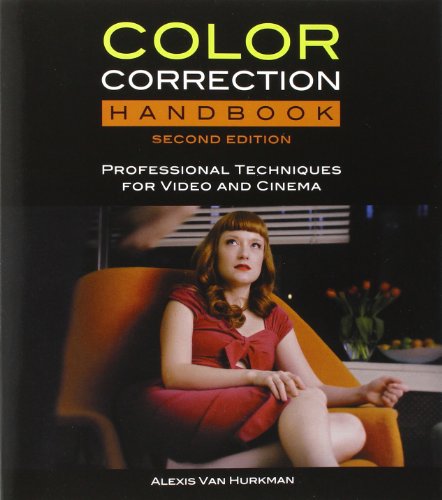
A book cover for Color Correction Handbook: Professional Techniques for Video and Cinema (2nd Edition) (Digital Video & Audio Editing Courses); Alexis Van Hurkman; Computers & Technology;